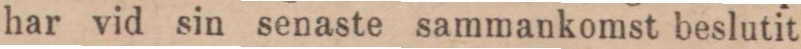
har vid sin senaste sammankomst beslutit